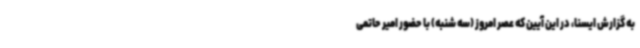
به گزارش ایسنا، در این آیین که عصر امروز (سه شنبه) با حضور امیر حاتمی